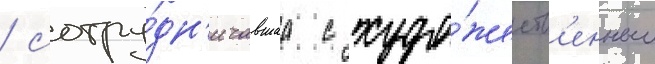
/ сотру́дн'ичавшаа с худо́жеств'енным